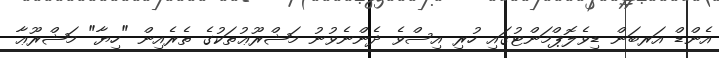
އެންޑް އަރބަން ޑިވެލޮޕްމަންޓުގައި ހުރި އިސްވެ ދެންނެވުނު މަޝްރޫޢުތަކުގެ ތެރެއިން "ހިޔާ" މަޝްރޫޢާ